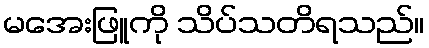
မအေးဖြူကို သိပ်သတိရသည်။